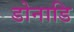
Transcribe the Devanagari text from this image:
डोनाडि